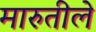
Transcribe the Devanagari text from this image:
मारुतीले